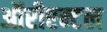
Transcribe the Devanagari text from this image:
ऑरीएन्टल